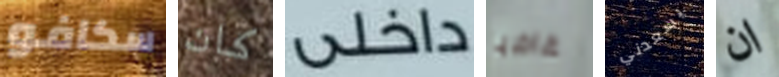
سكافو كان داخلي غاضبا يسعدني ان